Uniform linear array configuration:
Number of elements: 4
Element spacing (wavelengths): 0.25
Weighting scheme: hann
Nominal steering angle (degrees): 15
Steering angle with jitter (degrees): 13.006
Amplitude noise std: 0.05
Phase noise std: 0.05

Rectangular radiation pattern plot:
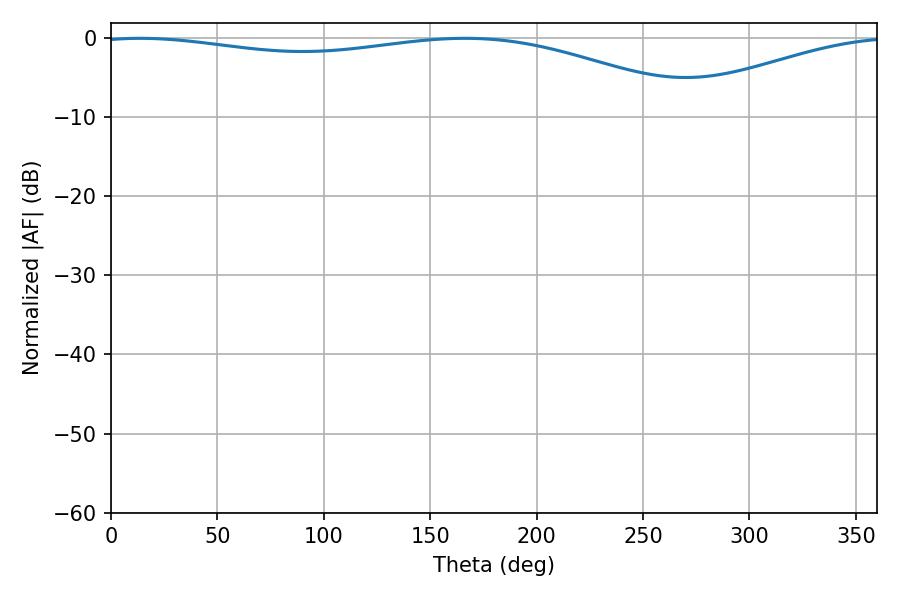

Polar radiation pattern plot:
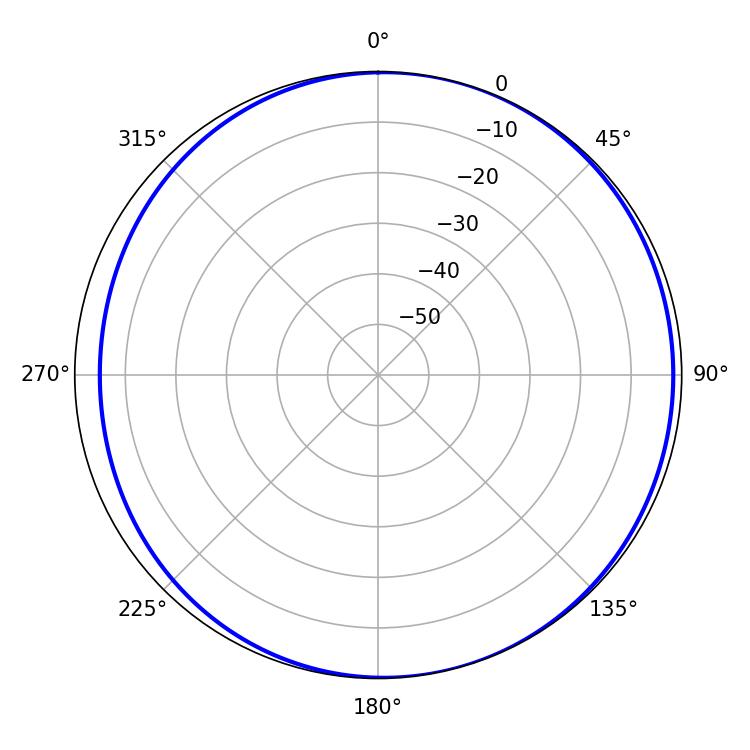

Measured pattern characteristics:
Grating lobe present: FALSE
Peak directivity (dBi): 4.923
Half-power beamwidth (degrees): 229.86
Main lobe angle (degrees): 13.68